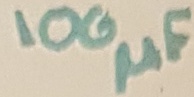
Text: 100µF